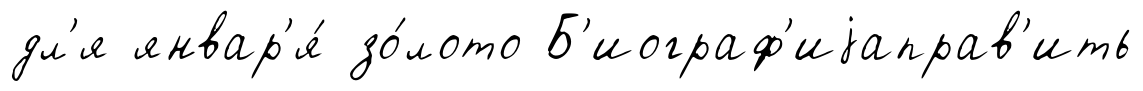
дл'я январ'я́ зо́лото Б'иограф'иjаправ'ить